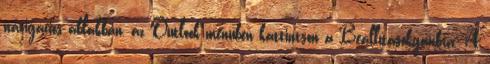
navigációs ablakban, az Outlook menüben kattintson a Beállításokgombra. A